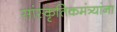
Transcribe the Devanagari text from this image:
सांस्कृतिकमंत्र्यांना